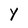
Character: Y